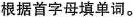
根据首字母填单词。